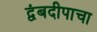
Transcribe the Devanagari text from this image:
द्वंबदीपाचा